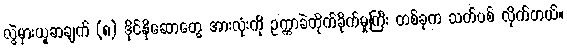
လွဲမှားယူဆချက် (၈) ဒိုင်နိုဆောတွေ အားလုံးကို ဥက္ကာခဲတိုက်ခိုက်မှုကြီး တစ်ခုက သတ်ပစ် လိုက်တယ်။